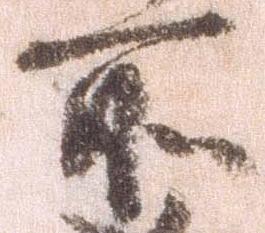
所